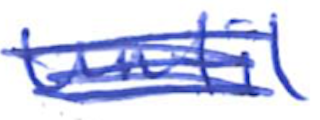
Text: until
Cross-out: scratch
Writing tool: ballpoint